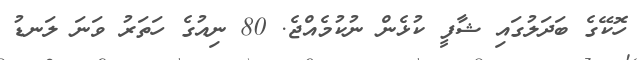
ހޮކޭގެ ބަދަލުގައި ޝާފީ ކުޅެން ނުކުމެއްޖެ. 80 ނިއުގެ ހަތަރު ވަނަ ލަނޑު